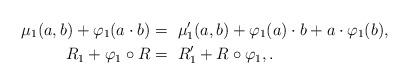
LaTeX: \begin{align*}\mu_1 (a, b) + \varphi_1 (a \cdot b) =~& \mu_1' (a, b) + \varphi_1 (a) \cdot b + a \cdot \varphi_1 (b), \\R_1 + \varphi_1 \circ R =~& R_1' + R \circ \varphi_1, .\end{align*}